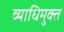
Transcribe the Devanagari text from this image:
व्याधिमुक्त